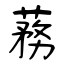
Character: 蓩